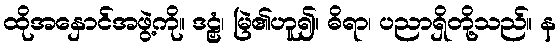
ထိုအနှောင်အဖွဲ့ကို။ ဒဠှံ၊ မြဲ၏ဟူ၍။ ဓိရာ၊ ပညာရှိတို့သည်။ န